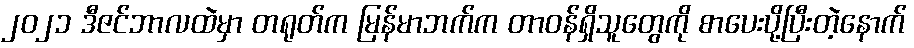
၂၀၂၁ ဒီဇင်ဘာလထဲမှာ တရုတ်က မြန်မာဘက်က တာဝန်ရှိသူတွေကို စာပေးပို့ပြီးတဲ့နောက်